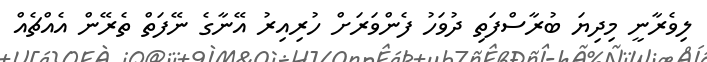
ލިވެރާނީ މިދިޔަ ބުރާސްފަތި ދުވަހު ފެންވަރަށް ހުރިއިރު އޭނާގެ ނޭފަތް ތެރޭން އެއްޗެއް